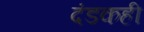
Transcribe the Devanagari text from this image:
दंडकही